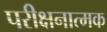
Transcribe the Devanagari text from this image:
परीक्षनात्मक